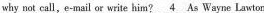
why not call,e-mail or write him?\underline{4}As Wayne Lawton